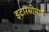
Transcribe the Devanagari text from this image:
इटारसीमार्गे